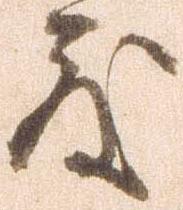
度